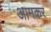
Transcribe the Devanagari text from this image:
आमकर